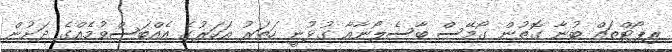
ރިޕޯޓްތައް ބުނާ ގޮތުން ގޯމޭސް ބާސެލޯނާއާ ގުޅުނީ ހަތަރު އަހަރުގެ އެއްބަސްވުމެއްގެ ދަށުން